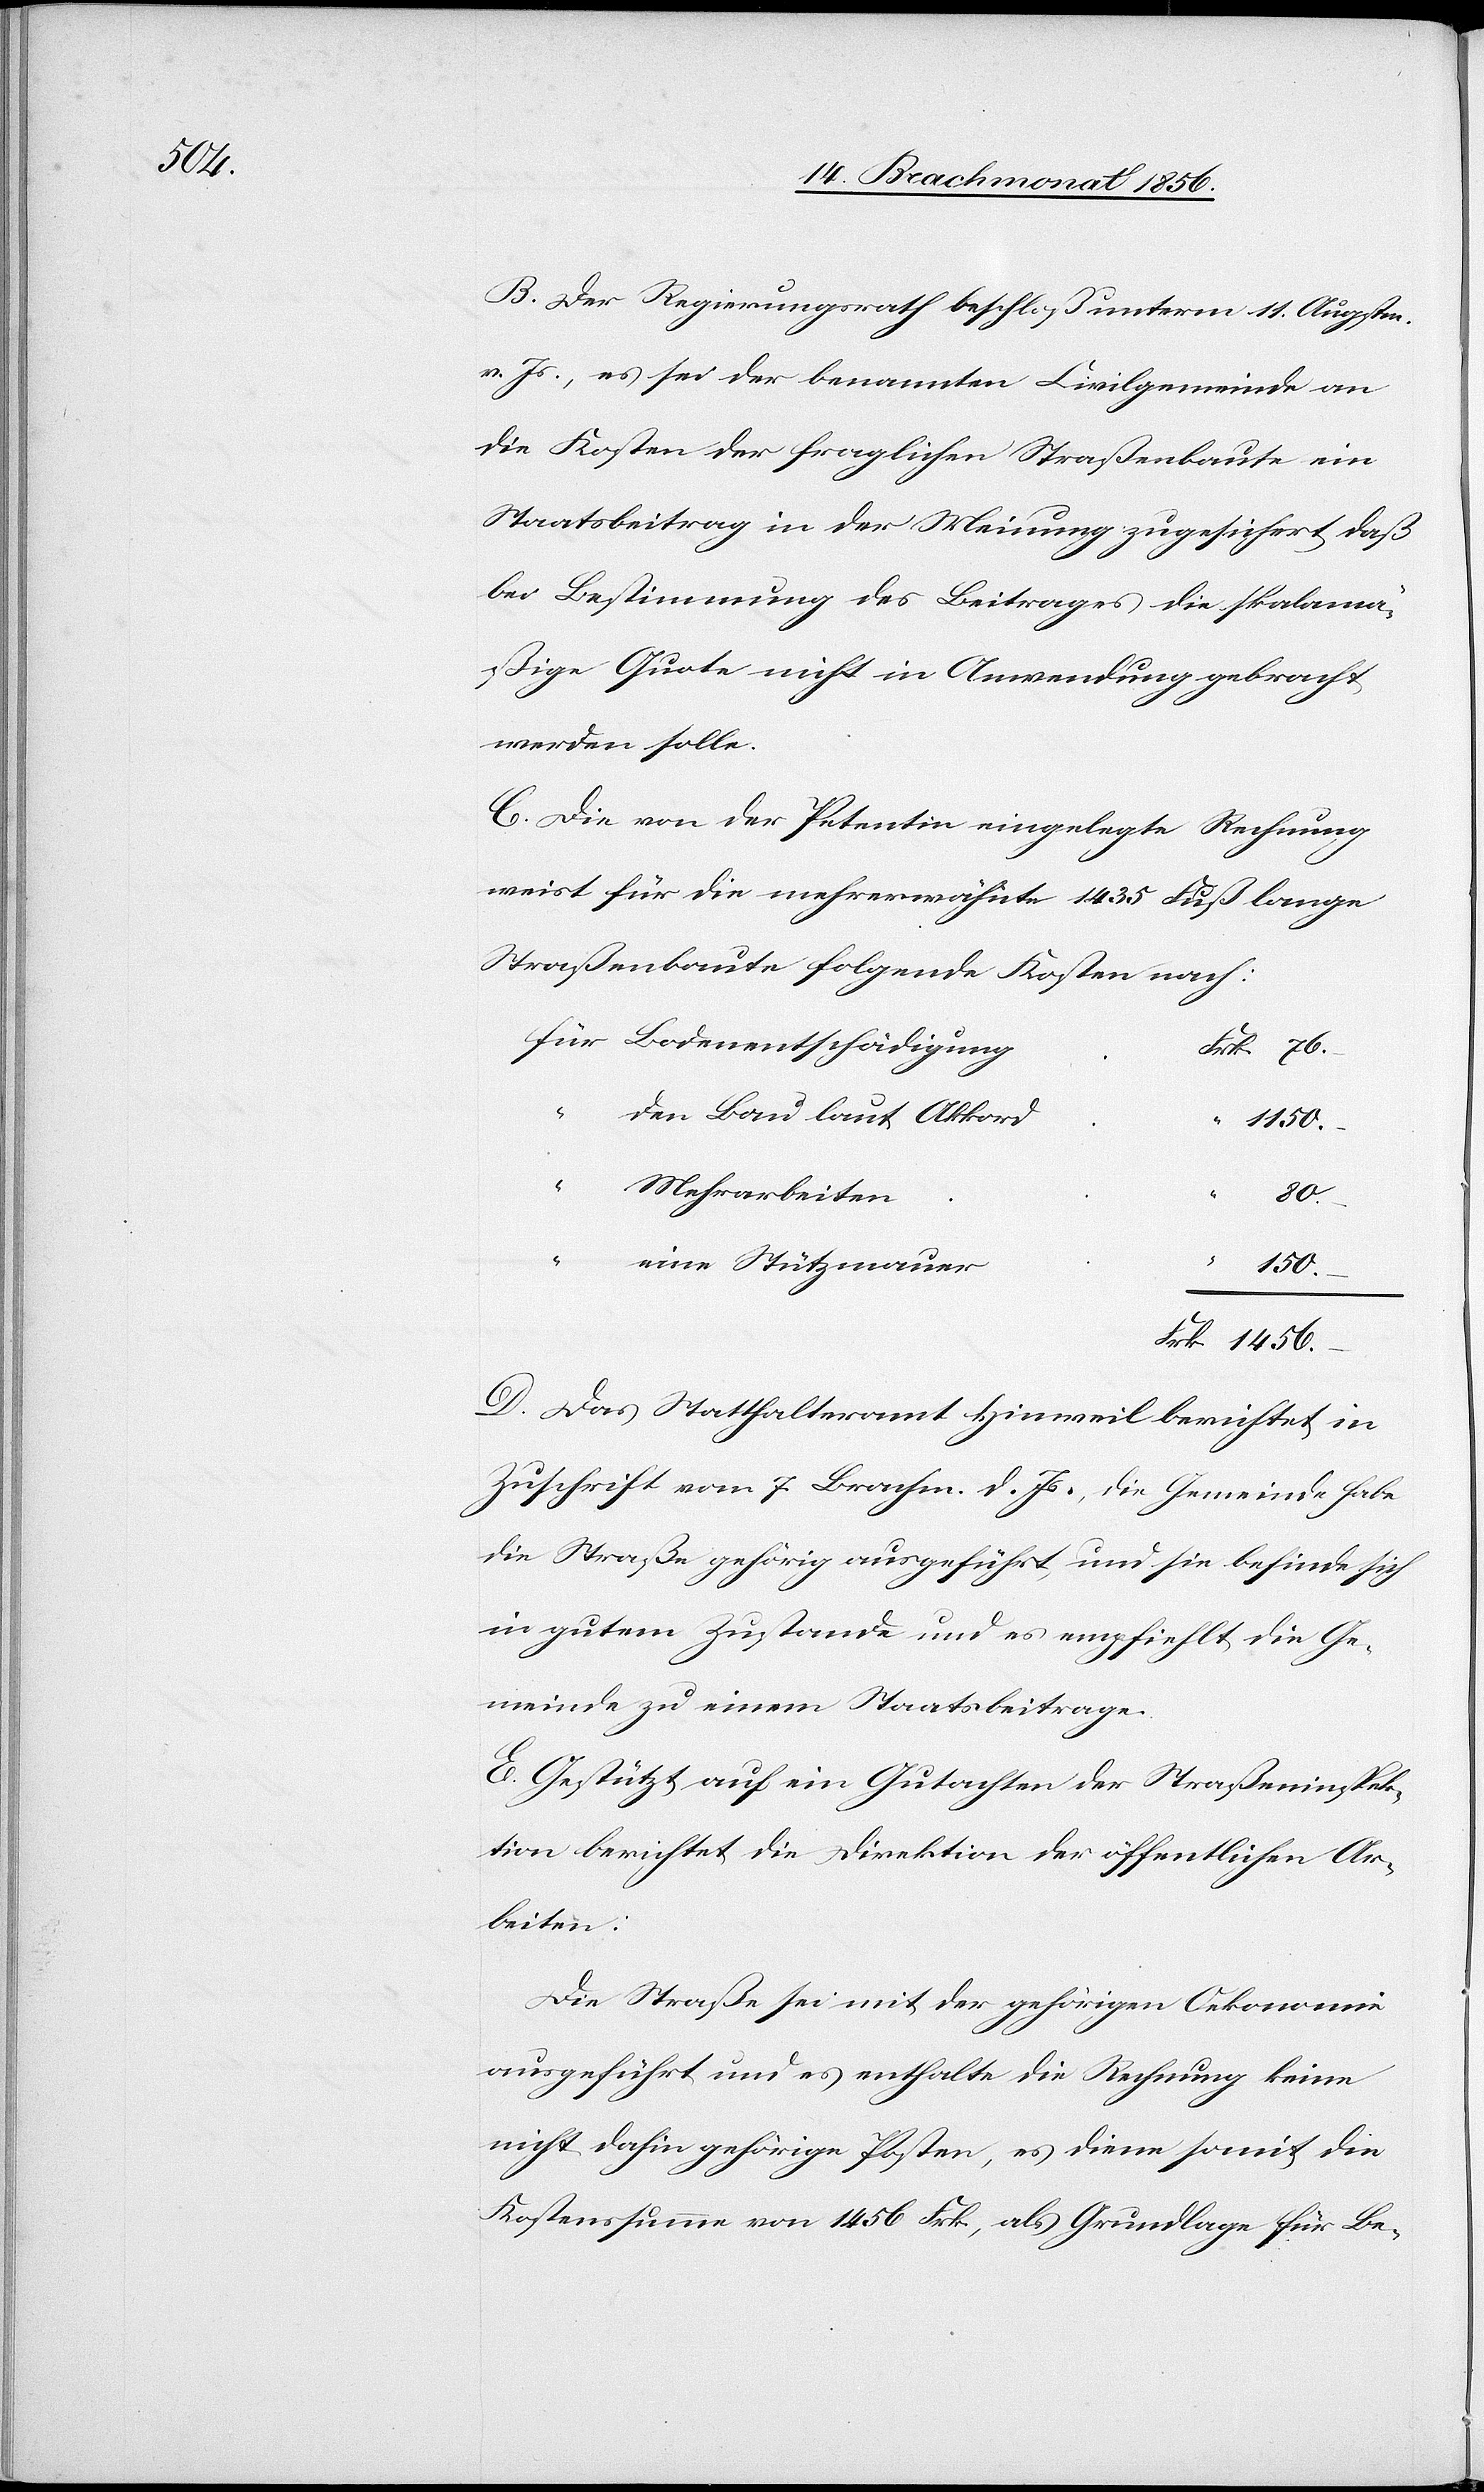
B. Der Regierungsrath beschloß unterm 11. Augsten.
v. Js., es sei der benannten Civilgemeinde an
die Kosten der fraglichen Straßenbaute ein
Staatsbeitrag in der Meinung zugesichert, daß
bei Bestimmung des Beitrages die skalamä¬
ßige Quote nicht in Anwendung gebracht
werden solle.
C. Die von der Petentin eingelegte Rechnung
weist für die mehrerwähnte 1435 Fuß lange
Straßenbaute folgende Kosten nach:
Bodenentschädigung
76.–
den Bau laut Akkord
1456.–
Frk.
Mehrarbeiten
80.–
“
eine Stützmauer
D. Das Statthalteramt Hinweil berichtet in
Zuschrift vom 7. Brachm. d. Js., die Gemeinde habe
die Straße gehörig ausgeführt, und sie befinde sich
in gutem Zustande und es empfiehlt die Ge¬
meinde zu einem Staatsbeitrage.
E. Gestützt auf ein Gutachten der Straßeninspek¬
tion berichtet die Direktion der öffentlichen Ar¬
beiten:
Die Straße sei mit der gehörigen Oekonomie
ausgeführt und es enthalte die Rechnung keine
nicht dahin gehörige Posten, es diene somit die
Kostenssumme von 1456 Frk., als Grundlage für Be-